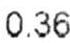
0.36